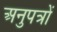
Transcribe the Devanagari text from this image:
अनुपत्रों